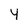
Character: 4